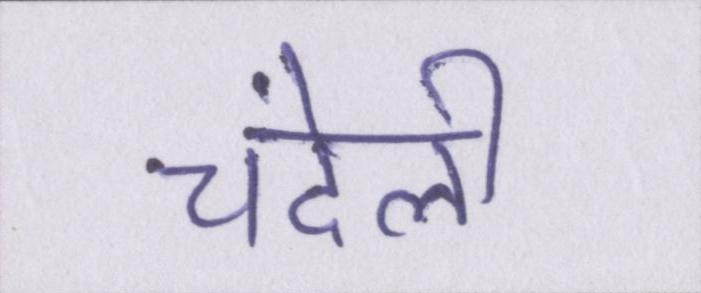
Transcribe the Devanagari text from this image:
चंदेली